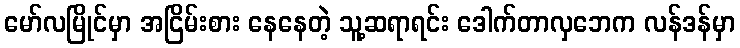
မော်လမြိုင်မှာ အငြိမ်းစား နေနေတဲ့ သူ့ဆရာရင်း ဒေါက်တာလှဘေက လန်ဒန်မှာ